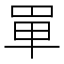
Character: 𠦤